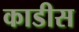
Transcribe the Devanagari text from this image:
काडीस